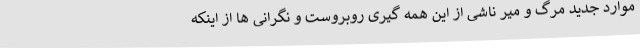
موارد جدید مرگ و میر ناشی از این همه گیری روبروست و نگرانی ها از اینکه